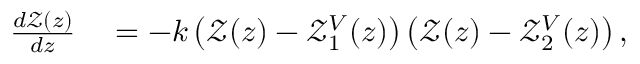
\begin{array} { r l } { \frac { d \mathcal { Z } ( z ) } { d z } } & { { } = - k \left( \mathcal { Z } ( z ) - \mathcal { Z } _ { 1 } ^ { V } ( z ) \right) \left( \mathcal { Z } ( z ) - \mathcal { Z } _ { 2 } ^ { V } ( z ) \right) , } \end{array}